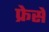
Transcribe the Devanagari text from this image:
फ्रेसे